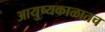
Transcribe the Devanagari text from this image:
आयुष्यकाळातच